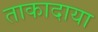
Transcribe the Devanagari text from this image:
ताकादाया